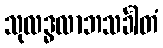
သုလဒ္ဓလာဘသင်္ခါတံ